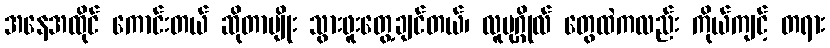
အနေအထိုင် ကောင်းတယ် ဆိုတာမျိုး သွားဖူးတွေ့ချင်တယ်၊ လူပုဂ္ဂိုလ် တွေထဲကလည်း ကိုယ်ကျင့် တရား